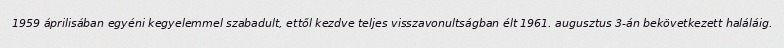
1959 áprilisában egyéni kegyelemmel szabadult, ettől kezdve teljes visszavonultságban élt 1961. augusztus 3-án bekövetkezett haláláig.